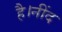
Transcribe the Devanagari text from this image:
है।नींद